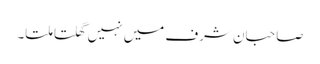
صاحبان شرف میں نہیں گھلتا ملتا۔